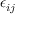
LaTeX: \epsilon _ { i j }